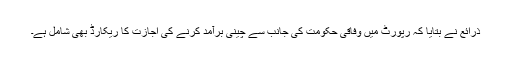
ذرائع نے بتایا کہ رپورٹ میں وفاقی حکومت کی جانب سے چینی برآمد کرنے کی اجازت کا ریکارڈ بھی شامل ہے۔